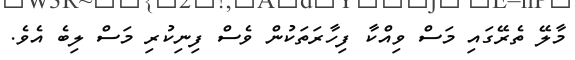
މާލޭ ތެރޭގައި މަސް ވިއްކާ ފިހާރަތަކުން ވެސް ފިނިކުރި މަސް ލިބެ އެވެ.